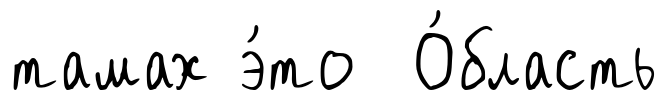
тамах э́то О́бласть